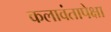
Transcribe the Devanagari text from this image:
कलावंतापेक्षा